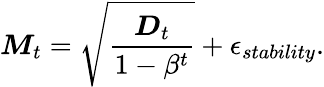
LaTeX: \boldsymbol{M}_{t}=\sqrt{\frac{\boldsymbol{D}_{t}}{1-\beta^{t}}}+\epsilon_{stability}.